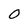
Character: 0